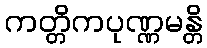
ကတ္တိကပုဏ္ဏမန္တိ